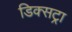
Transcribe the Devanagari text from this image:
डिक्सट्रा